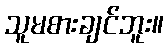
သူမစားချင်ဘူး။